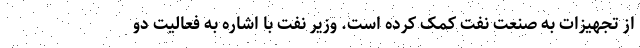
از تجهیزات به صنعت نفت کمک کرده است. وزیر نفت با اشاره به فعالیت دو